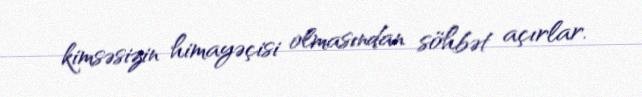
kimsəsizin himayəçisi olmasından söhbət açırlar.